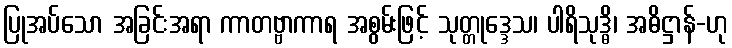
ပြုအပ်သော အခြင်းအရာ ကာတဗ္ဗာကာရ အစွမ်းဖြင့် သုတ္တုဒ္ဒေသ၊ ပါရိသုဒ္ဓိ၊ အဓိဋ္ဌာန်-ဟု